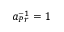
a _ { P r } ^ { - 1 } = 1